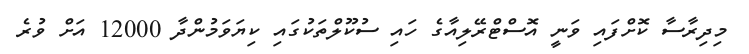
މިދިރާސާ ކޮށްފައި ވަނީ އޮސްޓްރޭލިއާގެ ހައި ސުކޫލްތަކުގައި ކިޔަވަމުންދާ 12000 އަށް ވުރެ